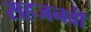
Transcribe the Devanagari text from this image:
सहजनवॉं